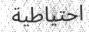
احتياطية